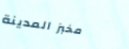
مخبز المدينة